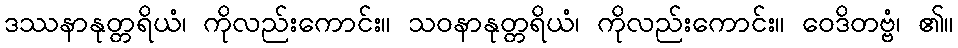
ဒဿနာနုတ္တရိယံ၊ ကိုလည်းကောင်း။ သဝနာနုတ္တရိယံ၊ ကိုလည်းကောင်း။ ဝေဒိတဗ္ဗံ၊ ၏။